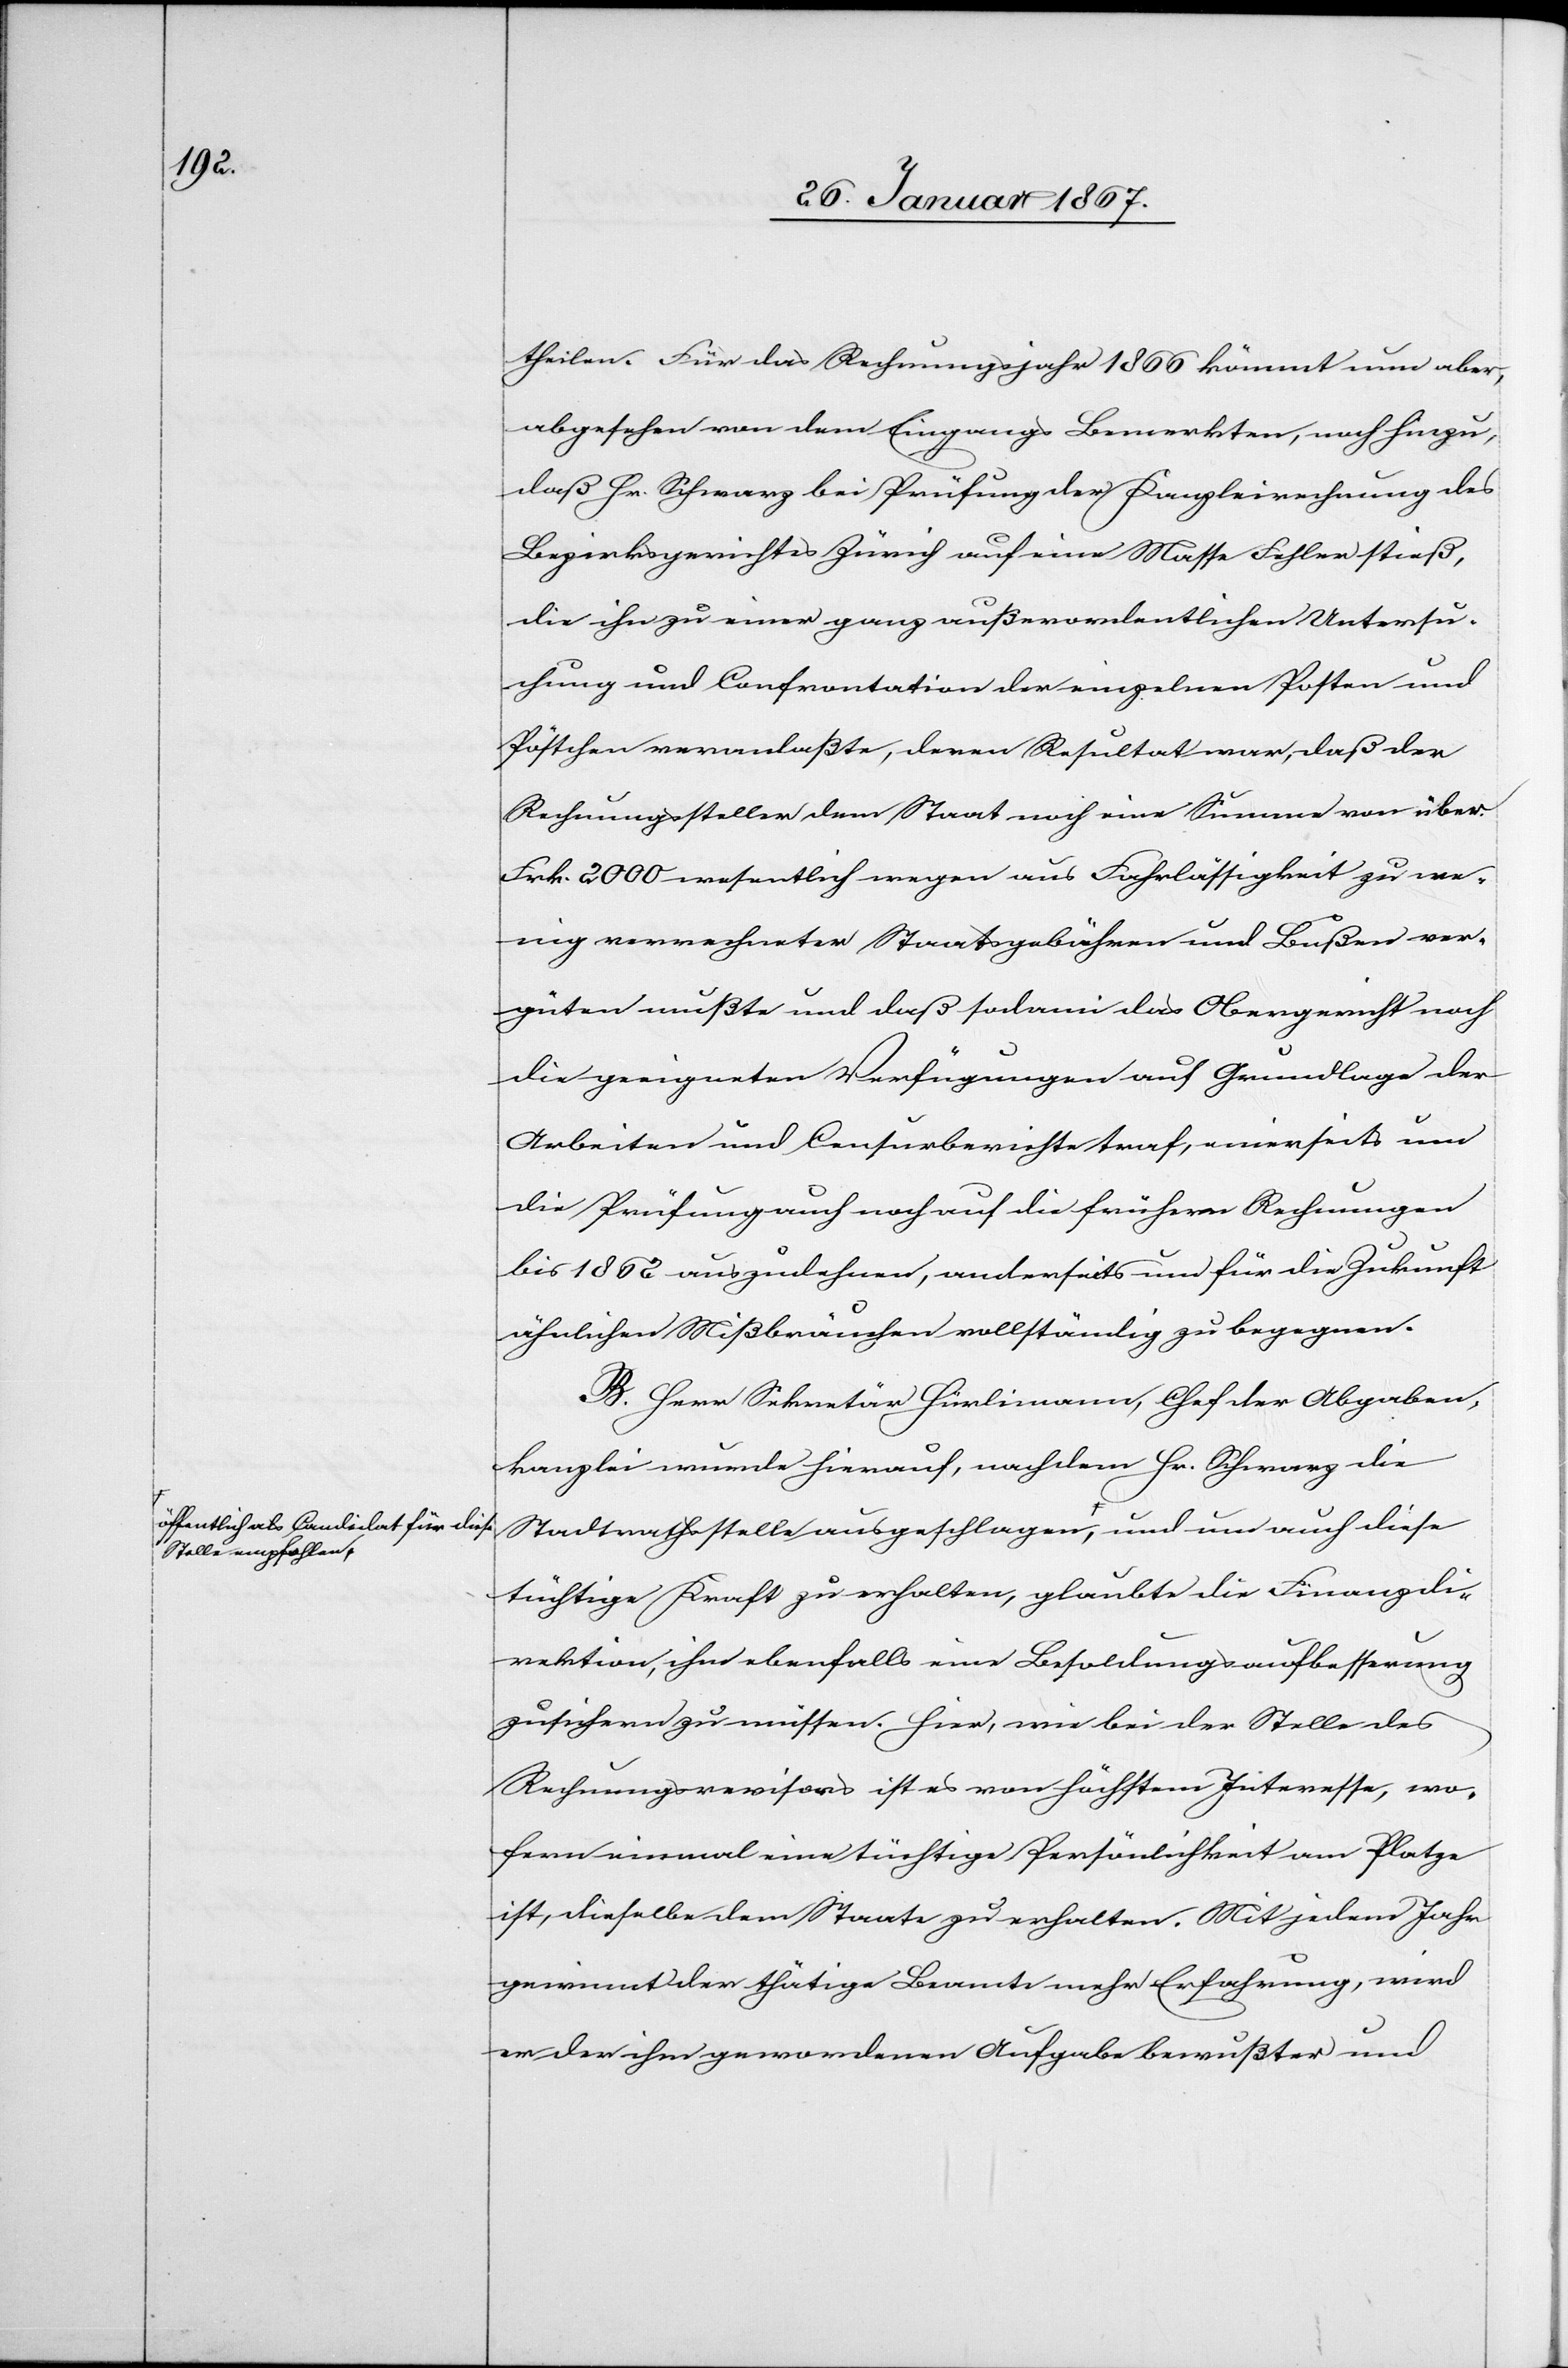
Stelle empfohlen,

theilen. Für das Rechnungsjahr 1866 kömmt nun aber,
abgesehen von dem Eingangs Bemerkten, noch hinzu,
daß Hr. Schwarz bei Prüfung der Kanzleirechnung des
Bezirksgerichtes Zürich auf eine Masse Fehler stieß,
die ihn zu einer ganz außerordentlichen Untersu¬
chung und Confrontation der einzelnen Posten und
Pöstchen veranlaßte, deren Resultat war, daß der
Rechnungssteller dem Staat noch eine Summe von über
Frk. 2000 wesentlich wegen aus Fahrlässigkeit zu we¬
nig verrechneter Staatsgebühren und Bußen ver¬
güten mußte und daß sodann das Obergericht noch
die geeigneten Verfügungen auf Grundlage der
Arbeit und Censurberichte traf, einerseits um
die Prüfung auch noch auf die frühern Rechnungen
bis 1862 auszudehnen, anderseits um für die Zukunft
ähnlichen Mißbräuchen vollständig zu begegnen.
B. Herr Sekretär Hürlimann, Chef der Abgaben¬
kanzlei wurde hierauf, nachdem Hr. Schwarz die
Stadtrathsstelle ausgeschlagen, öffentlich als Candidat für diese
tüchtige Kraft zu erhalten, glaubte die Finanzdi¬
rektion, ihm ebenfalls eine Besoldungsaufbesserung
zusichern zu müssen. Hier, wie bei der Stelle des
Rechnungsrevisors ist es von höchstem Interesse, wo¬
fern einmal eine tüchtige Persönlichkeit am Platze
ist, dieselbe dem Staate zu erhalten. Mit j	edem Jahr
gewinnt der thätige Beamte mehr Erfahrung, wird
er der ihm gewordenen Aufgabe bewußter und